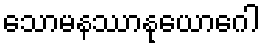
သောမနဿာနုယောဂေါ